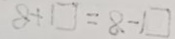
\square - 8 = \square + 8